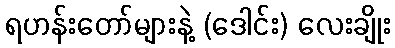
ရဟန်းတော်များနဲ့ (ဒေါင်း) လေးချိုး